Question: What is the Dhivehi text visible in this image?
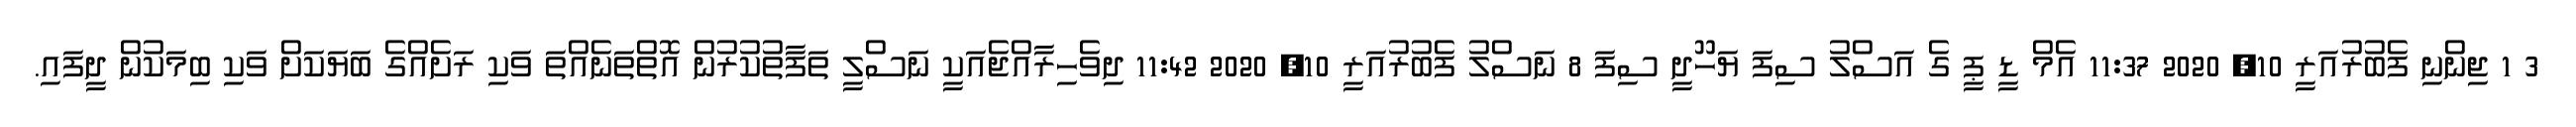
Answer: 3 1 ޖިންނި ފެބުރުއަރީ 10, 2020 11:37 އެމް ޑީ ޕީ ގެ އަސްލު ސިފަ ޔަހޫދީ ސިފަ 8 ނަސްލު ފެބުރުއަރީ 10, 2020 11:42 ދިވެހިރާއްޖެއަކީ ނަސްލީ ތަފާތުކުރުން އޮތްތަނެއްތަ ވަކި ރަށެއްގެ ބަޔަކަށް ވަކި ބިމަކުން ދީފައި.